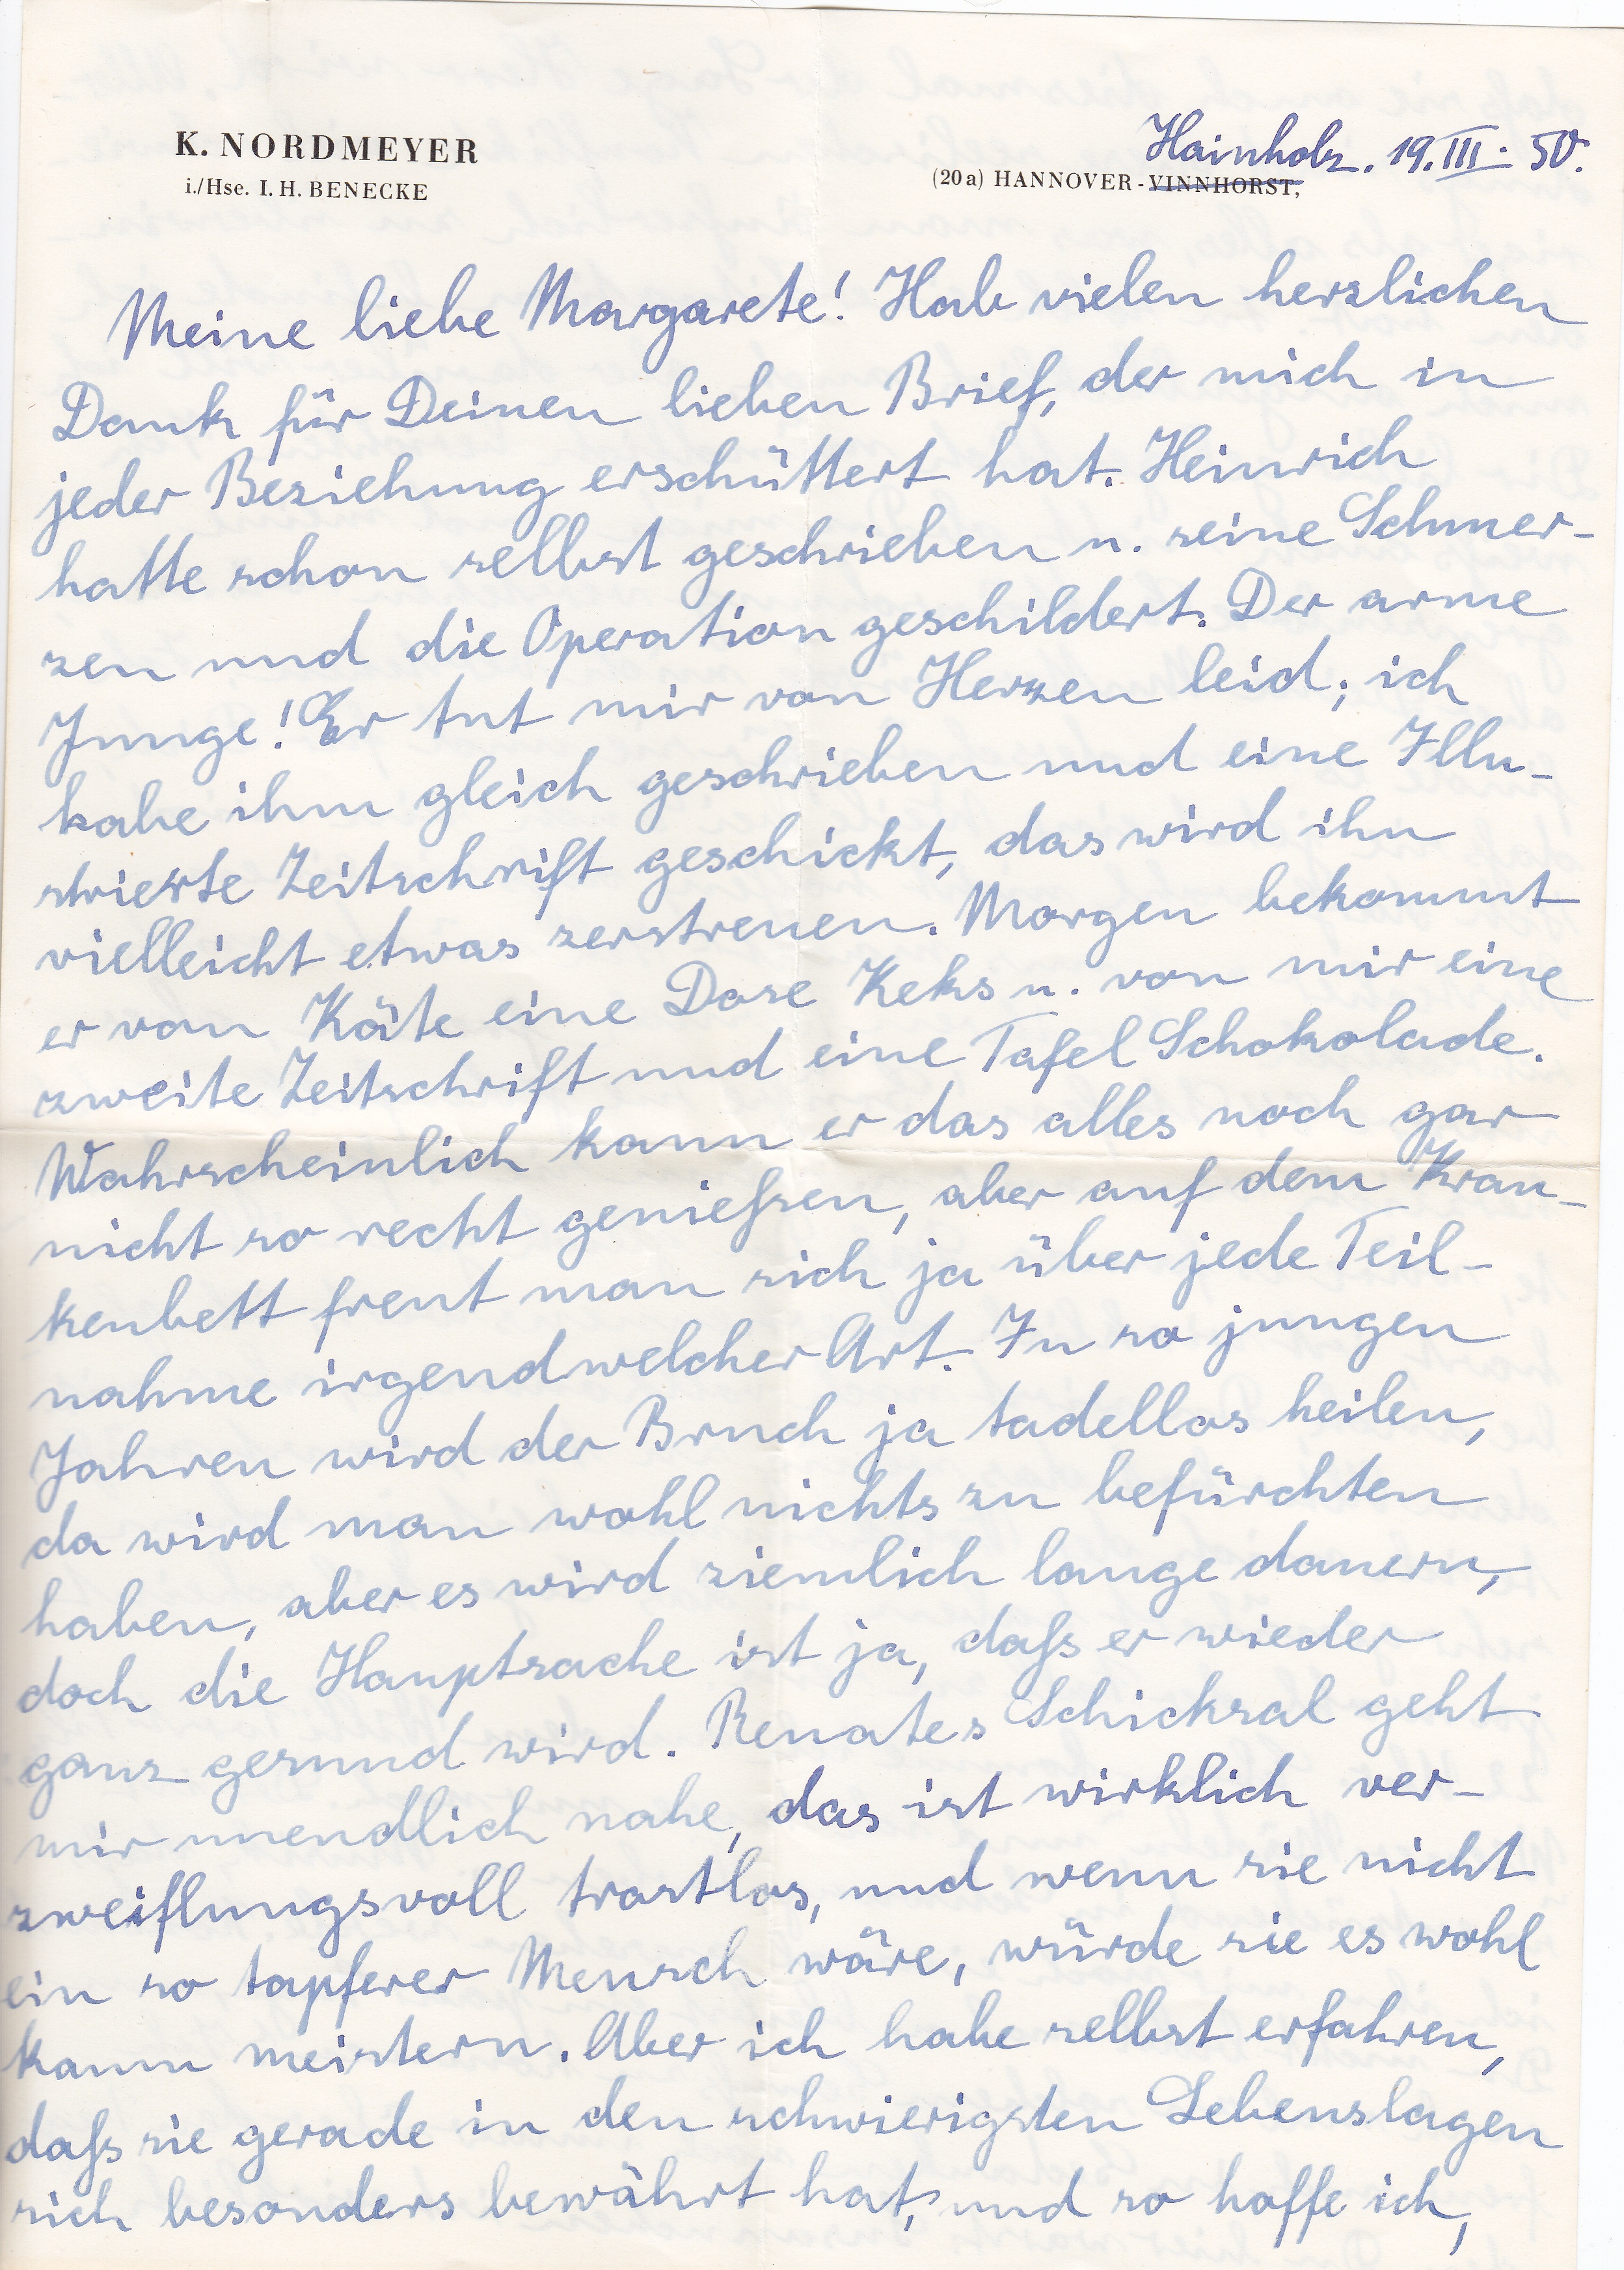
Hainholz. 19. III. 50
Meine liebe Margarete! Habe vielen herzlichen
Dank für Deinen lieben Brief, der mich in
jeder Beziehung erschüttert hat. Heinrich
hatte schon selbst geschrieben u. seine Schmer
zen und die Operation geschildert. Der arme
Junge! Er tut mir vom Herzen leid, ich
habe ihm gleich geschrieben und eine Illu
strierte Zeitschrift geschickt, das wird ihn
vielleicht etwas zerstreuen. Morgen bekommt
er von Käte eine Dose Keks u. von mir eine
zweite Zeitschrift und eine Tafel Schokolade.
Wahrscheinlich kann er das alles noch gar
nicht so recht genießen, aber auf dem Kran
kenbett freut man sich ja über jede Teil
nahme irgendwelcher Art. Zu so jungen
Jahren wird der Bruch ja tadellos heilen,
da wird man wohl nichts zu befürchten
haben, aber es wird ziemlich lange dauern
doch die Hauptsache ist ja, daß er wieder
ganz gesund wird. Renates Schicksal geht
mir unendlich nahe, das ist wirklich ver
zweiflungsvoll trostlos, und wenn sie nicht
ein so tapferer Mensch wäre, würde sie es wohl
kaum meistern. Aber ich habe selbst erfahren,
daß sie gerade in den schwierigsten Lebenslagen
sich besonders bewährt hat, und so hoffe ich